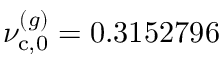
\nu _ { \mathrm { c } , 0 } ^ { ( g ) } = 0 . 3 1 5 2 7 9 6